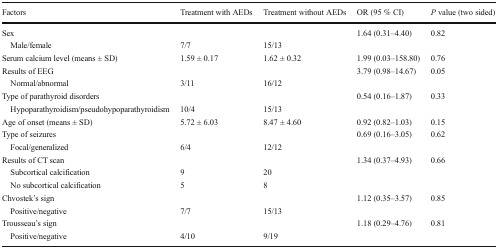
| Factors | Treatment with AEDs | Treatment without AEDs | OR (95 % CI) | P value (two sided) |
 | --- | --- | --- | --- | --- |
 | Sex |  |  | 1.64 (0.31–4.40) | 0.82 |
 | Male/female | 7/7 | 15/13 |  |  |
 | Serum calcium level (means ± SD) | 1.59 ± 0.17 | 1.62 ± 0.32 | 1.99 (0.03–158.80) | 0.76 |
 | Results of EEG |  |  | 3.79 (0.98–14.67) | 0.05 |
 | Normal/abnormal | 3/11 | 16/12 |  |  |
 | Type of parathyroid disorders |  |  | 0.54 (0.16–1.87) | 0.33 |
 | Hypoparathyroidism/pseudohypoparathyroidism | 10/4 | 15/13 |  |  |
 | Age of onset (means ± SD) | 5.72 ± 6.03 | 8.47 ± 4.60 | 0.92 (0.82–1.03) | 0.15 |
 | Type of seizures |  |  | 0.69 (0.16–3.05) | 0.62 |
 | Focal/generalized | 6/4 | 12/12 |  |  |
 | Results of CT scan |  |  | 1.34 (0.37–4.93) | 0.66 |
 | Subcortical calcification | 9 | 20 |  |  |
 | No subcortical calcification | 5 | 8 |  |  |
 | Chvostek’s sign |  |  | 1.12 (0.35–3.57) | 0.85 |
 | Positive/negative | 7/7 | 15/13 |  |  |
 | Trousseau’s sign |  |  | 1.18 (0.29–4.76) | 0.81 |
 | Positive/negative | 4/10 | 9/19 |  |  |